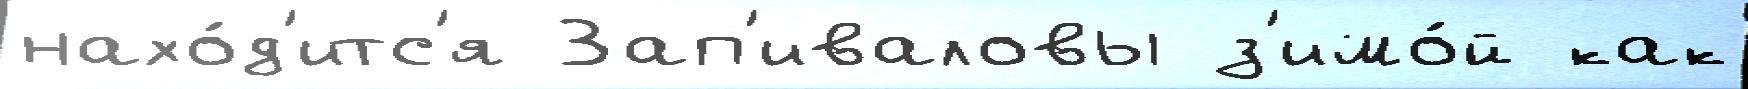
нахо́д'итс'я Зап'иваловы з'имо́й как